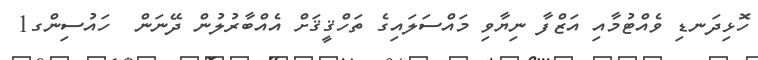
ހޮޅިދަނޑި ވެއްޓުމާއި އަޒްފާ ނިޔާވި މައްސަލައިގެ ތަހްޤީޤަށް އެއްބާރުލުން ދޭނަން  ހައުސިންގ1